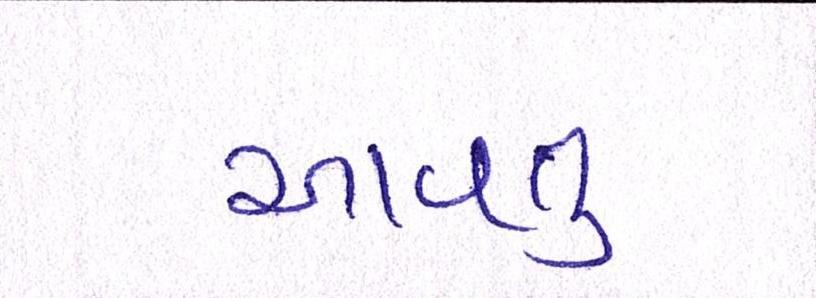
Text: આવતુ